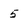
Character: 5